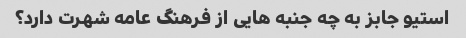
استیو جابز به چه جنبه هایی از فرهنگ عامه شهرت دارد؟